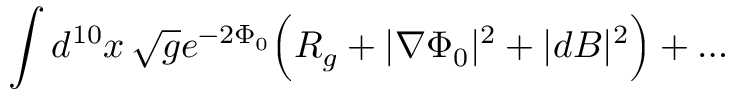
\int d ^ { 1 0 } x \, \sqrt { g } e ^ { - 2 \Phi _ { 0 } } \Bigl ( R _ { g } + | \nabla \Phi _ { 0 } | ^ { 2 } + | d B | ^ { 2 } \Bigr ) + \ldots